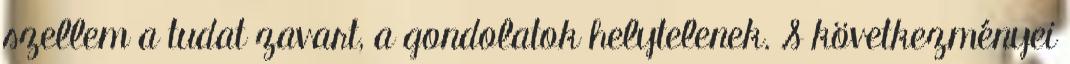
szellem a tudat zavart, a gondolatok helytelenek. S következményei